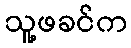
သူ့ဖခင်က